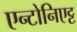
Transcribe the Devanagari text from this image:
एन्टोनिएट्ट